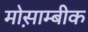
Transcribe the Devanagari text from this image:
मोस़ाम्बीक